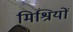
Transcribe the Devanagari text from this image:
मिश्रियों